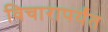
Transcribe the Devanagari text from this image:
विचारापर्यंत